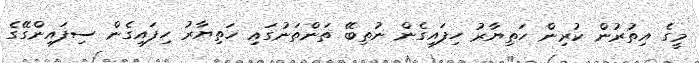
މީގެ އިތުރުން ކުރިން ހަތިޔާރު ހިފައިގެން ނުތިބޭ ތަންތަނުގައި ހަތިޔާރު ހިފައިގެން ސިފައިންގޭގެ